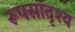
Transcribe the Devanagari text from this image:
रूपसादृश्य